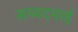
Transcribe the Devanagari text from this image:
सय्यदभाई